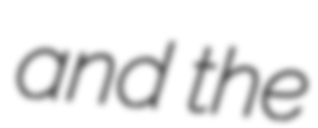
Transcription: and the